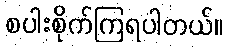
စပါးစိုက်ကြရပါတယ်။